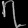
Digit: ၇